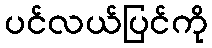
ပင်လယ်ပြင်ကို